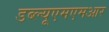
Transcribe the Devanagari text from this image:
डब्ल्यूएमएमआर